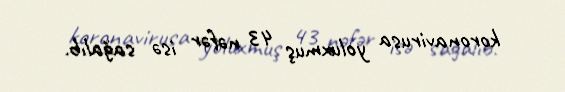
koronavirusa yoluxmuş 43 nəfər isə sağalıb.